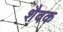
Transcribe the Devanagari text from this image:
शैवक